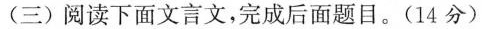
(三)阅读下面文言文，完成后面题目。(14分)